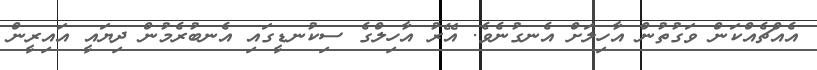
އެއްޗެއްކަން ވަގުތުން އާހިލަށް އެނގުނެވެ. އޭރު އާހިލްގެ ސިކުނޑީގައި އެނބުރެމުން ދިޔައީ އައިރީން